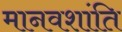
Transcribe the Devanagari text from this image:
मानवशांति